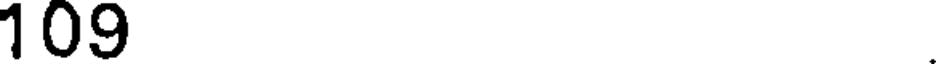
109